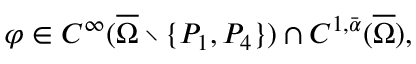
\varphi \in C ^ { \infty } ( \overline { { \Omega } } \setminus \{ P _ { 1 } , P _ { 4 } \} ) \cap C ^ { 1 , \bar { \alpha } } ( \overline { { \Omega } } ) ,